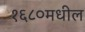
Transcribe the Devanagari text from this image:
१६८०मधील